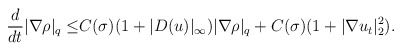
\begin{align*}\frac{d}{dt}|\nabla \rho|_q\leq& C(\sigma)(1+|D( u)|_\infty)|\nabla \rho|_q+C(\sigma)(1+|\nabla u_t|^2_2).\end{align*}